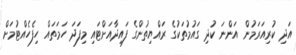
އަދި ކުރިއަރަމުން އަންނަ ކުދި ގައުމުތަކުގެ ރައްޔިތުންގެ ފައިދާއަށްޓަައި މިފަދަ ހަމަތައް ހިފެހެއްޓުމަށް